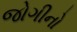
જોગીનો